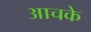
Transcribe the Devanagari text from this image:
आचके